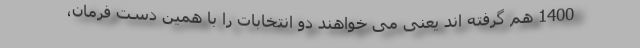
1400 هم گرفته اند یعنی می خواهند دو انتخابات را با همین دست فرمان،